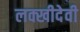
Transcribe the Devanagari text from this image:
लक्खीदेवी